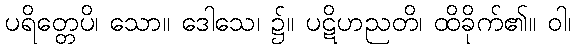
ပရိတ္တေပိ၊ သော။ ဒေါသေ၊ ၌။ ပဋိဟညတိ၊ ထိခိုက်၏။ ဝါ၊